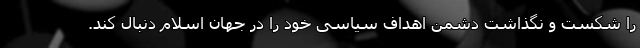
را شکست و نگذاشت دشمن اهداف سیاسی خود را در جهان اسلام دنبال کند.